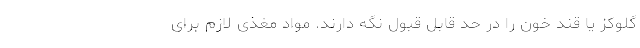
گلوکز یا قند خون را در حد قابل قبول نگه دارند. مواد مغذی لازم برای